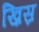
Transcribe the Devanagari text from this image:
ख़िस्र